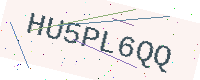
Text: HU5PL6QQ